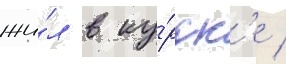
жи́л в ку́рск'е /